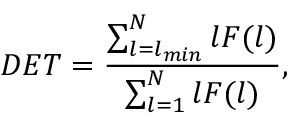
D E T = \frac { \sum _ { l = l _ { m i n } } ^ { N } l F ( l ) } { \sum _ { l = 1 } ^ { N } l F ( l ) } ,